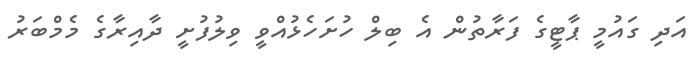
އަދި ގައުމީ ޕާޓީގެ ފަރާތުން އެ ބިލް ހުށަހެޅުއްވީ ވިލުފުށީ ދާއިރާގެ މެމްބަރު